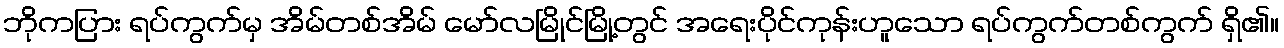
ဘိုကပြား ရပ်ကွက်မှ အိမ်တစ်အိမ် မော်လမြိုင်မြို့တွင် အရေးပိုင်ကုန်းဟူသော ရပ်ကွက်တစ်ကွက် ရှိ၏။